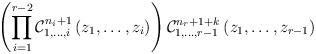
LaTeX: \begin{align*}\left(\prod_{i=1}^{r-2}\mathcal{C}_{1,\dots,i}^{n_{i}+1}\left(z_{1},\dots,z_{i}\right)\right)\mathcal{C}_{1,\dots,r-1}^{n_{r}+1+k}\left(z_{1},\dots,z_{r-1}\right)\end{align*}